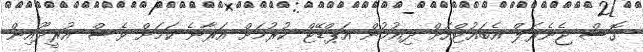
ގޮސް ޖެނެރަލް އެބައުޓްއަށް ދިއުމުން އަޕްޑޭޓް ކުރުމަށް އަރާނެ ކަމަށް ވެސް އުރީދޫއިން